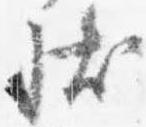
状